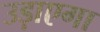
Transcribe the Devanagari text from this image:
उड़ाएगा